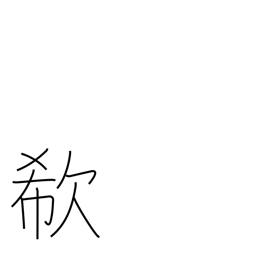
Meaning: cry